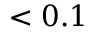
< 0 . 1